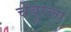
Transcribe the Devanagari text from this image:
चेंबूरला